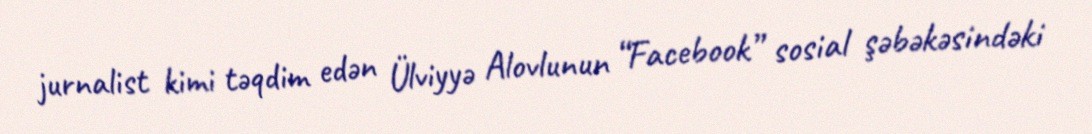
jurnalist kimi təqdim edən Ülviyyə Alovlunun “Facebook” sosial şəbəkəsindəki